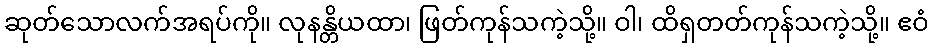
ဆုတ်သောလက်အရပ်ကို။ လုနန္တိယထာ၊ ဖြတ်ကုန်သကဲ့သို့။ ဝါ၊ ထိရှတတ်ကုန်သကဲ့သို့။ ဧဝံ